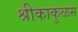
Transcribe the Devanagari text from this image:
श्रीकाकुळम